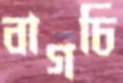
বাগচি